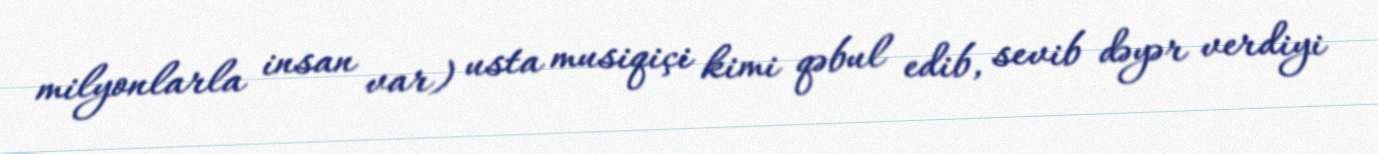
milyonlarla insan var) usta musiqiçi kimi qəbul edib, sevib dəyər verdiyi